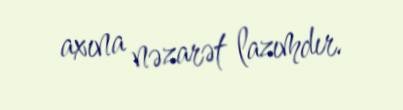
axına nəzarət lazımdır.